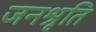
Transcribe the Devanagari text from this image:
जनश्रृति